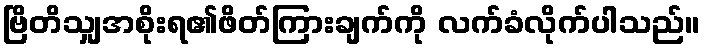
ဗြိတိသျှအစိုးရ၏ဖိတ်ကြားချက်ကို လက်ခံလိုက်ပါသည်။